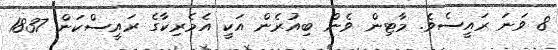
8 ވަނަ ރައީސެވެ. މާޓިން ވެން ބިއުރެން އަކީ އެމެރިކާގެ ރައީސްކަން 1837